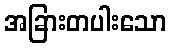
အခြားတပါးသော